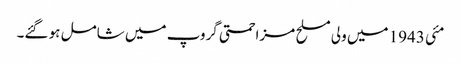
مئی 1943 میں ولی مسلح مزاحمتی گروپ میں شامل ہو گئے۔